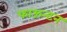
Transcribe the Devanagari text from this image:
फाऊन्टन